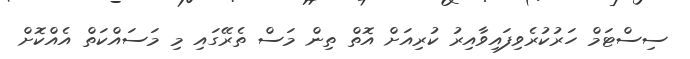
ސިސްޓަމް ހަރުކުރެވިފައިވާއިރު ކުރިއަށް އޮތް ތިން މަސް ތެރޭގައި މި މަސައްކަތް އެއްކޮށް